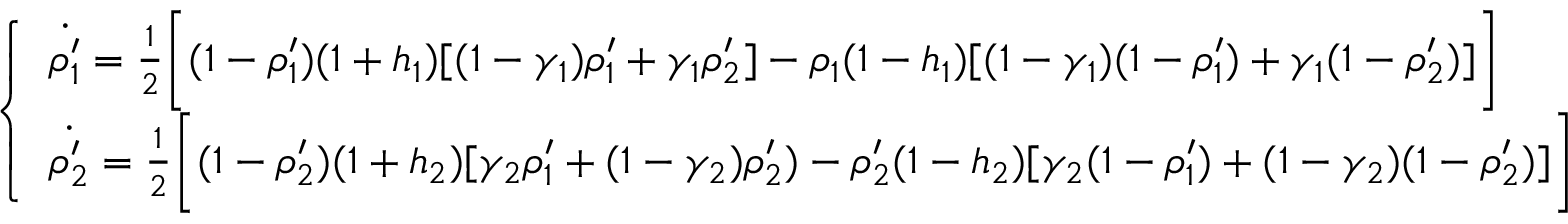
\left\{ \begin{array} { l l } { \dot { \rho _ { 1 } ^ { \prime } } = \frac { 1 } { 2 } \bigg [ ( 1 - \rho _ { 1 } ^ { \prime } ) ( 1 + h _ { 1 } ) [ ( 1 - \gamma _ { 1 } ) \rho _ { 1 } ^ { \prime } + \gamma _ { 1 } \rho _ { 2 } ^ { \prime } ] - \rho _ { 1 } ( 1 - h _ { 1 } ) [ ( 1 - \gamma _ { 1 } ) ( 1 - \rho _ { 1 } ^ { \prime } ) + \gamma _ { 1 } ( 1 - \rho _ { 2 } ^ { \prime } ) ] \bigg ] } \\ { \dot { \rho _ { 2 } ^ { \prime } } = \frac { 1 } { 2 } \bigg [ ( 1 - \rho _ { 2 } ^ { \prime } ) ( 1 + h _ { 2 } ) [ \gamma _ { 2 } \rho _ { 1 } ^ { \prime } + ( 1 - \gamma _ { 2 } ) \rho _ { 2 } ^ { \prime } ) - \rho _ { 2 } ^ { \prime } ( 1 - h _ { 2 } ) [ \gamma _ { 2 } ( 1 - \rho _ { 1 } ^ { \prime } ) + ( 1 - \gamma _ { 2 } ) ( 1 - \rho _ { 2 } ^ { \prime } ) ] \bigg ] } \end{array} \right.